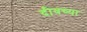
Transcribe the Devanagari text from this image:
दीवच्या